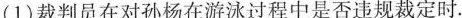
(1)裁判员在对孙杨在游泳过程中是否违规裁定时。